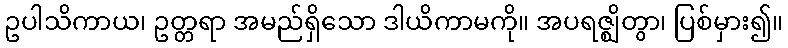
ဥပါသိကာယ၊ ဥတ္တရာ အမည်ရှိသော ဒါယိကာမကို။ အပရဇ္ဈိတွာ၊ ပြစ်မှား၍။